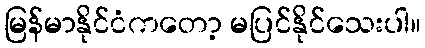
မြန်မာနိုင်ငံကတော့ မပြင်နိုင်သေးပါ။